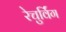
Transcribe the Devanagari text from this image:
रेचुर्विंग